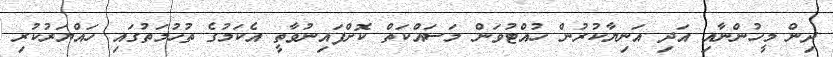
ދިން މީހުންނާއި އަދި އަނިޔާކުރުން ހުއްޓުވަން މަސައްކަތް ކޮށްފައިނުވާތީ އެކަމުގެ ތުހުމަތުގައި ހައްޔަރުކުރި